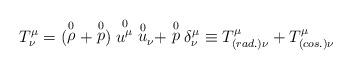
LaTeX: \begin{align*}T^\mu_\nu = (\stackrel{0}{\rho} + \stackrel{0}{p})\stackrel{0}{{u}^\mu}{\stackrel{0}{u}}_\nu + \stackrel{0}{p}\delta^\mu_\nu\equiv T^\mu_{(rad.)\nu}+T^\mu_{(cos.)\nu}\end{align*}